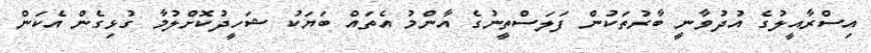
އިސްރާއީލުގެ އުދުވާނީ ބާރުތަކުން ފަލަސްތީނުގެ އާންމު އެތައް ބަޔަކު ޝަހީދުކޮށްލުމާ ގުޅިގެން އެކަން